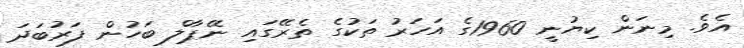
އެވެ. މިނަން ކިޔުނީ 1960ގެ އަހަރު ތަކުގެ ތެރޭގައި ނޭޕާލް ބަހުން ފަރުބަދަ